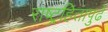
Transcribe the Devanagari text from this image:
राष्ट्रहितापुढे